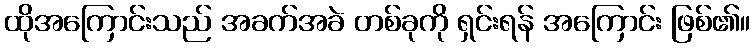
ထိုအကြောင်းသည် အခက်အခဲ တစ်ခုကို ရှင်းရန် အကြောင်း ဖြစ်၏။